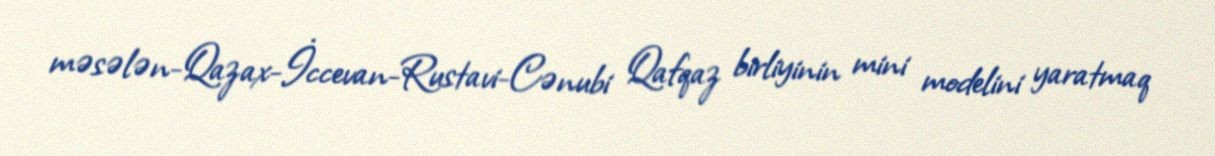
məsələn-Qazax-İccevan-Rustavi-Cənubi Qafqaz birliyinin mini modelini yaratmaq